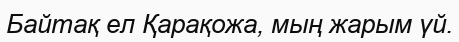
Байтақ ел Қарақожа, мың жарым үй.